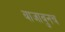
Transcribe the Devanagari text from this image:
बाजावुनच